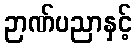
ဉာဏ်ပညာနှင့်